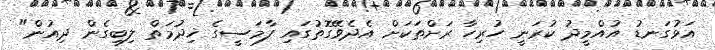
އަޅުގަނޑު އުއްމީދު ކުރަނީ ހުރިހާ ރަށްތަކަށް އެދެވޭގޮތުގައި ފާމަސީގެ ޚިދުމަތް ލިބިގެން ދިއުން"